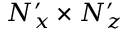
N _ { x } ^ { \prime } \times N _ { z } ^ { \prime }